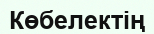
Көбелектің